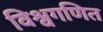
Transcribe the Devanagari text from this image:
विश्वगणित